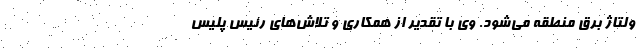
ولتاژ برق منطقه می‌شود. وی با تقدیر از همکاری و تلاش‌های رئیس پلیس